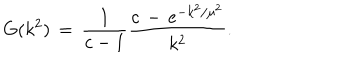
LaTeX: G ( k ^ { 2 } ) \, = \, \frac { 1 } { c - 1 } \frac { c \, - \, e ^ { - k ^ { 2 } / \mu ^ { 2 } } } { k ^ { 2 } } .